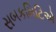
સબકમિટિએ